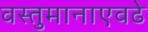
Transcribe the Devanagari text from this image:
वस्तुमानाएवढे